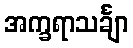
အက္ခရာသင်္ချာ